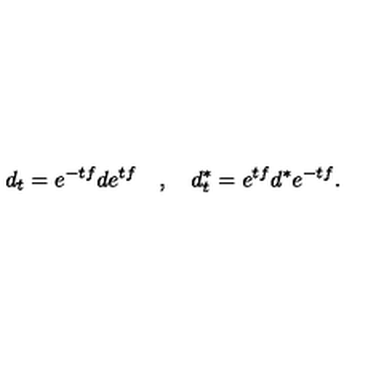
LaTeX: d _ { t } = e ^ { - t f } d e ^ { t f } \quad , \quad d _ { t } ^ { \ast } = e ^ { t f } d ^ { \ast } e ^ { - t f } .